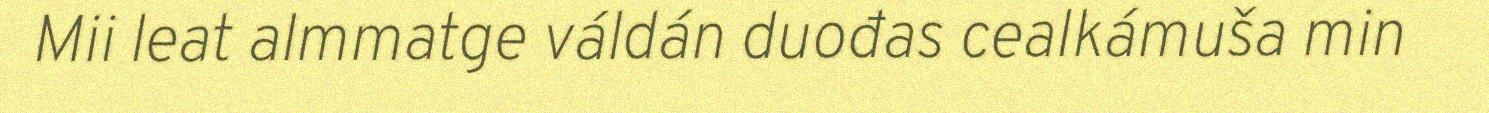
Mii leat almmatge váldán duođas cealkámuša min